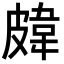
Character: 𥀊